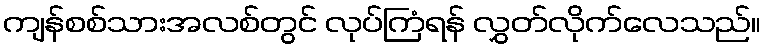
ကျန်စစ်သားအလစ်တွင် လုပ်ကြံရန် လွှတ်လိုက်လေသည်။